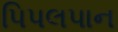
પિપલપાન